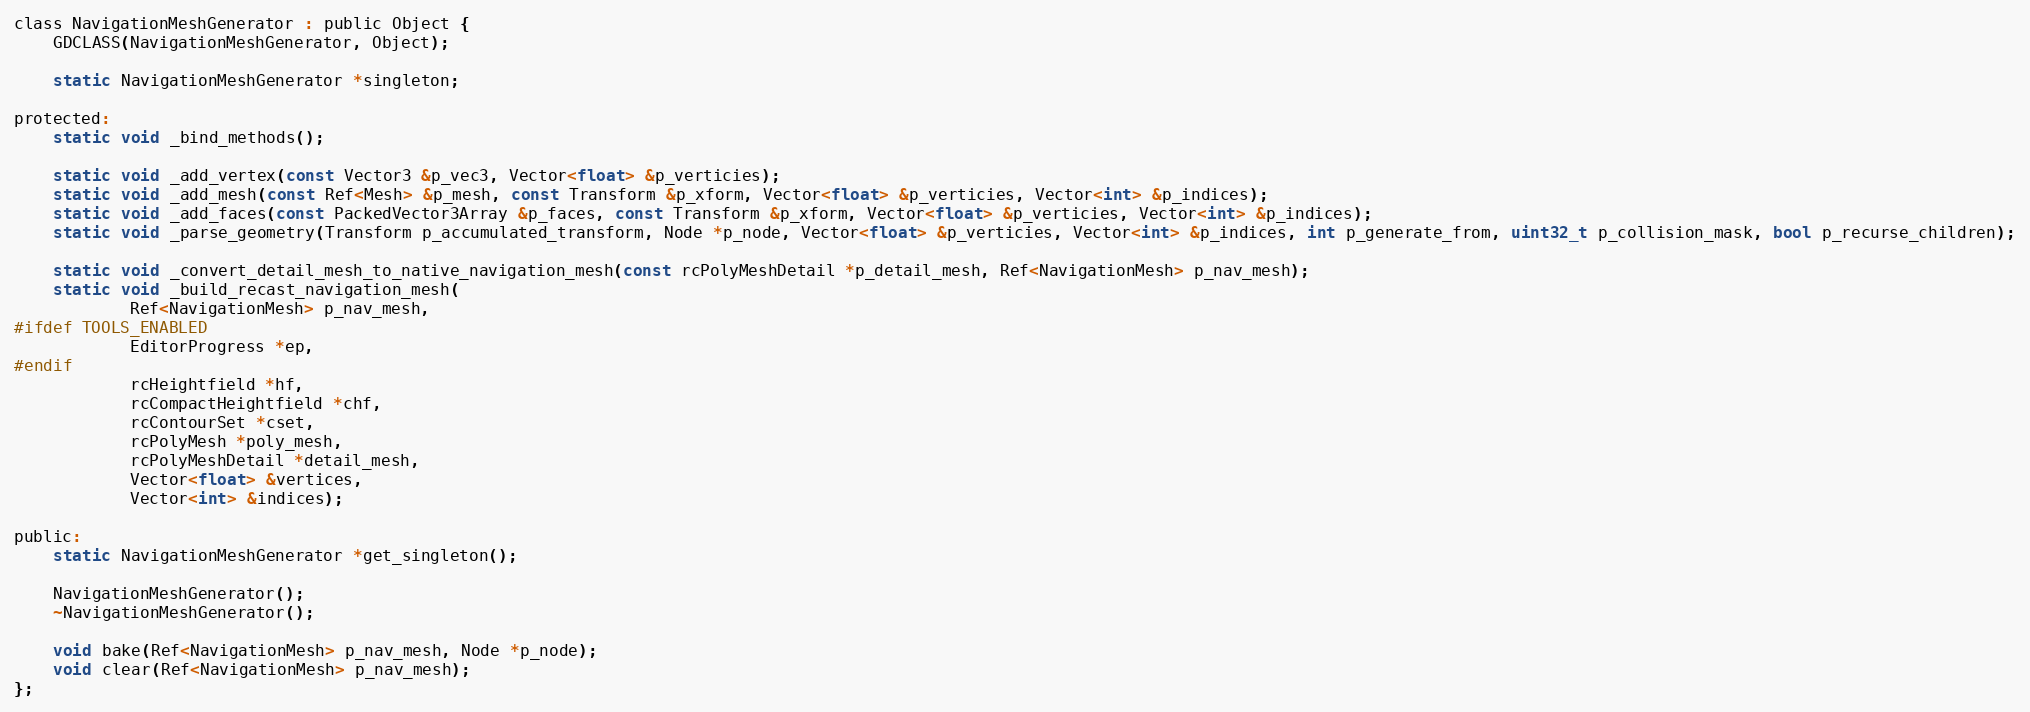
Language: C
class NavigationMeshGenerator : public Object {
	GDCLASS(NavigationMeshGenerator, Object);

	static NavigationMeshGenerator *singleton;

protected:
	static void _bind_methods();

	static void _add_vertex(const Vector3 &p_vec3, Vector<float> &p_verticies);
	static void _add_mesh(const Ref<Mesh> &p_mesh, const Transform &p_xform, Vector<float> &p_verticies, Vector<int> &p_indices);
	static void _add_faces(const PackedVector3Array &p_faces, const Transform &p_xform, Vector<float> &p_verticies, Vector<int> &p_indices);
	static void _parse_geometry(Transform p_accumulated_transform, Node *p_node, Vector<float> &p_verticies, Vector<int> &p_indices, int p_generate_from, uint32_t p_collision_mask, bool p_recurse_children);

	static void _convert_detail_mesh_to_native_navigation_mesh(const rcPolyMeshDetail *p_detail_mesh, Ref<NavigationMesh> p_nav_mesh);
	static void _build_recast_navigation_mesh(
			Ref<NavigationMesh> p_nav_mesh,
#ifdef TOOLS_ENABLED
			EditorProgress *ep,
#endif
			rcHeightfield *hf,
			rcCompactHeightfield *chf,
			rcContourSet *cset,
			rcPolyMesh *poly_mesh,
			rcPolyMeshDetail *detail_mesh,
			Vector<float> &vertices,
			Vector<int> &indices);

public:
	static NavigationMeshGenerator *get_singleton();

	NavigationMeshGenerator();
	~NavigationMeshGenerator();

	void bake(Ref<NavigationMesh> p_nav_mesh, Node *p_node);
	void clear(Ref<NavigationMesh> p_nav_mesh);
};